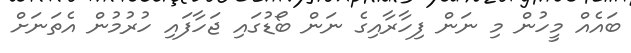
ބައެއް މީހުން މި ނަން ފިހާރާއިގެ ނަން ބޯޑުގައި ޖަހާފައި ހުރުމުން އެތަނަށް